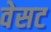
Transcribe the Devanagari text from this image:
वेसट